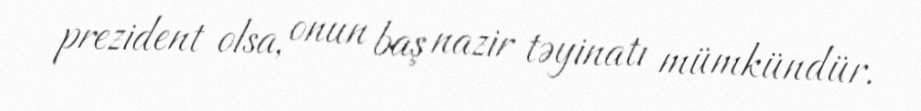
prezident olsa, onun baş nazir təyinatı mümkündür.